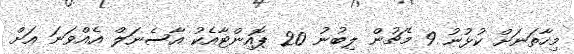
މިހާތަނަށް ކުޅުނު 9 މެޗުން ލިބުނު 20 ޕޮއިންޓާއެކު އާސެނަލް އެއްވަނަ އަށް